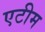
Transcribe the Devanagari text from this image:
एटीम